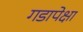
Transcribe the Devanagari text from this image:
गडापेक्षा